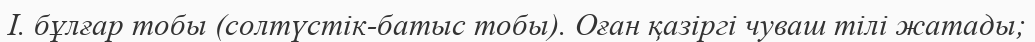
І. бұлғар тобы (солтүстік-батыс тобы). Оған қазіргі чуваш тілі жатады;